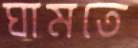
ঘামতে